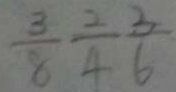
\frac { 3 } { 6 } \frac { 2 } { 4 } \frac { 3 } { 6 }